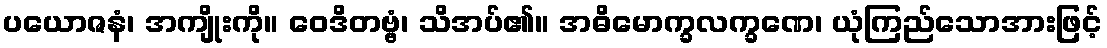
ပယောဇနံ၊ အကျိုးကို။ ဝေဒိတဗ္ဗံ၊ သိအပ်၏။ အဓိမောက္ခလက္ခဏေ၊ ယုံကြည်သောအားဖြင့်